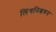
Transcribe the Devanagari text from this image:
लिंगनिश्चयन